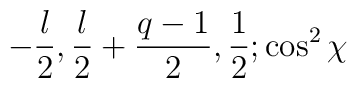
-{l \over 2}, {l \over 2} + {q-1 \over 2}, {1 \over 2}; \cos^2 \chi